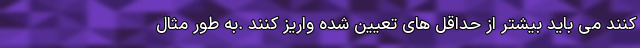
کنند می باید بیشتر از حداقل های تعیین شده واریز کنند .به طور مثال